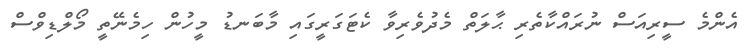
އެންމެ ސީރިއަސް ނުރައްކާތެރި ޙާލަތް މެދުވެރިވާ ކެޓަގަރީގައި މާބަނޑު މީހުން ހިމެނޭތީ މޯލްޑިވްސް